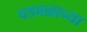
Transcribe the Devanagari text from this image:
पडवळाच्या